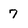
Character: 7